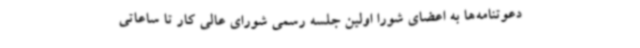
دعوتنامه‌ها به اعضای شورا اولین جلسه رسمی شورای عالی کار تا ساعاتی